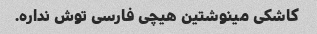
کاشکی مینوشتین هیچی فارسی توش نداره.